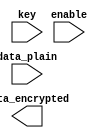
`timescale 1ns / 1ps
//////////////////////////////////////////////////////////////////////////////////
// Company: 
// Engineer: 
// 
// Design Name: 
// Module Name: cbc_mode
// Project Name: 
// Target Devices: 
// Tool Versions: 
// Description: 
// 
// Dependencies: 
// 
// Revision:
// Revision 0.01 - File Created
// Additional Comments:
// 
//////////////////////////////////////////////////////////////////////////////////


module ecb_mode
    #(
    parameter BLOCK_SIZE=0,
    parameter SYNC_SIZE=0
    )
    (
    key,
    enable,
    data_plain,
    data_encrypted,
    );
    
    input [BLOCK_SIZE-1:0] key;
    input enable;
    input [SYNC_SIZE-1:0] data_plain;
    output reg [SYNC_SIZE-1:0] data_encrypted;
    reg [SYNC_SIZE-1:0] previous;
    integer i;
    
    always @(*) begin
        if (enable == 1'b1) begin
            for(i=0;i<SYNC_SIZE;i=i+1) begin
                data_encrypted[i] = data_plain[i] ^ key[i%BLOCK_SIZE];
            end  
        end 
    end
    

		  
endmodule